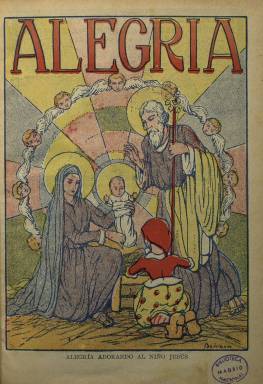
Título: Alegría (Tarrasa)
Otros títulos: Alegría (Barcelona) || Alegría (Tortosa)
Colección: Revistas infantiles
Ámbito geográfico: Barcelona
Lugar de publicación: Tortosa [Tarragona]
Fechas: 07/01/1928-20/12/1930

Revista infantil nacida en 1925 en Tarrasa en la que junto a los contenidos propiamente dedicados a los niños la doctrina y la moral católica ocupa un espacio importante. El título de la publicación es el nombre de una niña que protagoniza aventuras y que por su conducta sirve de vehículo para transmitir dicha doctrina. En la portada del primer número que posee la BNE podemos ver a la niña Alegría adorando al niño Jesús.

    Los ejemplares de la colección de la Biblioteca Nacional comprenden tres años, de 1928 a 1930, cuando la revista era ya publicada en Barcelona y se vanagloriaba de ser la publicación infantil más difundida de España. Al llegar la República empezó a perder protagonismo y a partir de 1932 se editó en Tortosa. Su publicación se prolongó hasta 1934 siempre con el mismo ideario católico y monárquico con el que nació.

   La revista, que tenía periodicidad semanal y cuya paginación media era de 20 páginas, estuvo inspirada en sus inicios por grupos afines a la dictadura del general Primo de Rivera, que había sido capitán general de Cataluña. El hecho de que se publicara en lengua castellana ya era indicativo de la defensa de España como nación que se inculcaba a sus jóvenes lectores.

   En esos mismos años se editaba en catalán la revista infantil En Patufet, contra la que se dirigía Alegría. En 2007 apareció el libro ‘Alegría, una revista per combatre en patufet’, de Jordi Manzanares Oliver, en la que se detalla este ataque a En Patufet, revista que llegó a ser tan popular en Cataluña que se empleaba genéricamente para designar a las publicaciones de historietas igual que se empleaba la palabra tebeo en el resto de España

  Además de pasatiempos y contenidos didácticos, en Alegría se podían leer cuentos e historietas en viñetas, la mayoría de ellas en color, lo que la hacía muy atractiva. La publicación fue editada en su primera etapa por la maestra nacional Magdalena Rosell, que contó con el apoyo del obispo de Lérida, Manuel Irurita, luego obispo de Barcelona. Rosell había levantado con su propio dinero una escuela de párvulos en Tarrasa que fue inaugurada en 1913.

  La revista Alegría contó con numerosos y destacados colaboradores, tanto literarios como artísticos, algunos de los cuales no participaban del ideario de la revista. Entre los muchos dibujantes que colaboraron figuran Manuel Urda y Emilio Boix.

   Para obtener más información sobre esta revista se puede consultar tebeosfera, web dedicada al mundo de las publicaciones infantiles y juveniles.

[Descripción publicada el 17/08/2022]